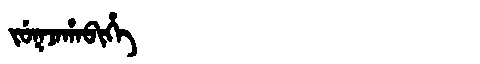
Manchu: ᠵᡠᡴᠵᠠᡥᠠᠪᡳᡥᡝ
Romanization: JUKJAHABIHE